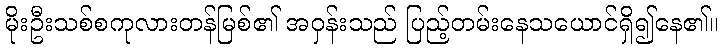
မိုးဦးသစ်စကုလားတန်မြစ်၏ အဝှန်းသည် ပြည့်တမ်းနေသယောင်ရှိ၍နေ၏။